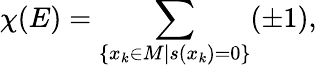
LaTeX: \chi(E)=\sum_{\{ x_{k}\in M\vert s(x_{k})=0\} }(\pm 1),